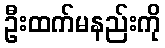
ဦးထက်မနည်းကို